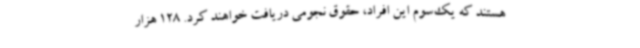
هستند که یک‌سوم این افراد، حقوق نجومی دریافت خواهند کرد. 128‌ هزار